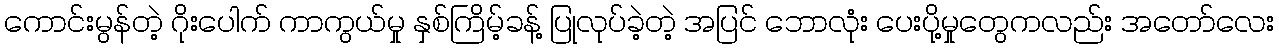
ကောင်းမွန်တဲ့ ဂိုးပေါက် ကာကွယ်မှု နှစ်ကြိမ့်ခန့် ပြုလုပ်ခဲ့တဲ့ အပြင် ဘောလုံး ပေးပို့မှုတွေကလည်း အတော်လေး